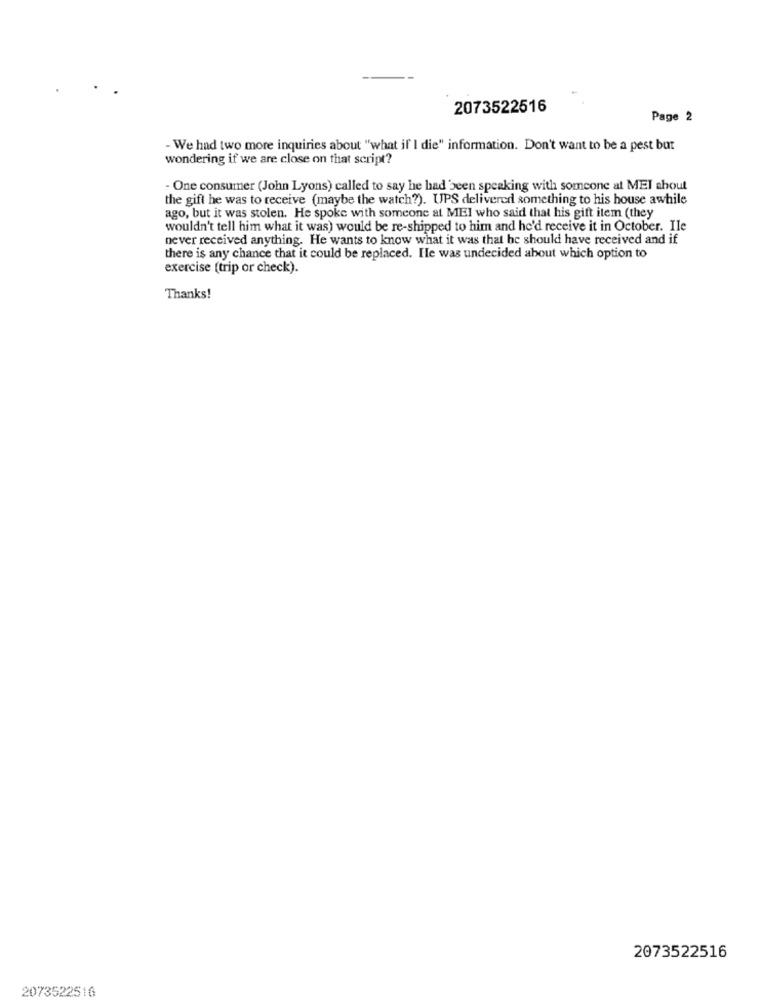
2073522516
Page 2
- We had two more inquiries about "what if I die" information. Don't want to be a pest but
wondering if we are close on that script?
- One consumer (John Lyons) called to say he had been speaking with someone at MEI shout
the gift he was to receive (maybe the watch?). UPS delivered something to his house awhile
ago, but it was stolen. He spoke with someone at MEI who said that his gift item (they
wouldn't tell him what it was) would be re-shipped to him and he'd receive it in October. Ile
never received anything. He wants to know what it was that he should have received and if
there is any chance that it could be replaced. He was undecided about which option to
exercise (trip or check).
Thanks!
2073522516
2073522516